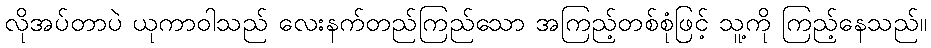
လိုအပ်တာပဲ ယုကာဝါသည် လေးနက်တည်ကြည်သော အကြည့်တစ်စုံဖြင့် သူ့ကို ကြည့်နေသည်။